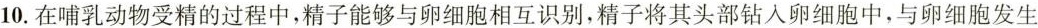
10. 在哺乳动物受精的过程中，精子能够与卵细胞相互识别，精子将其头部钻入卵细胞中，与卵细胞发生